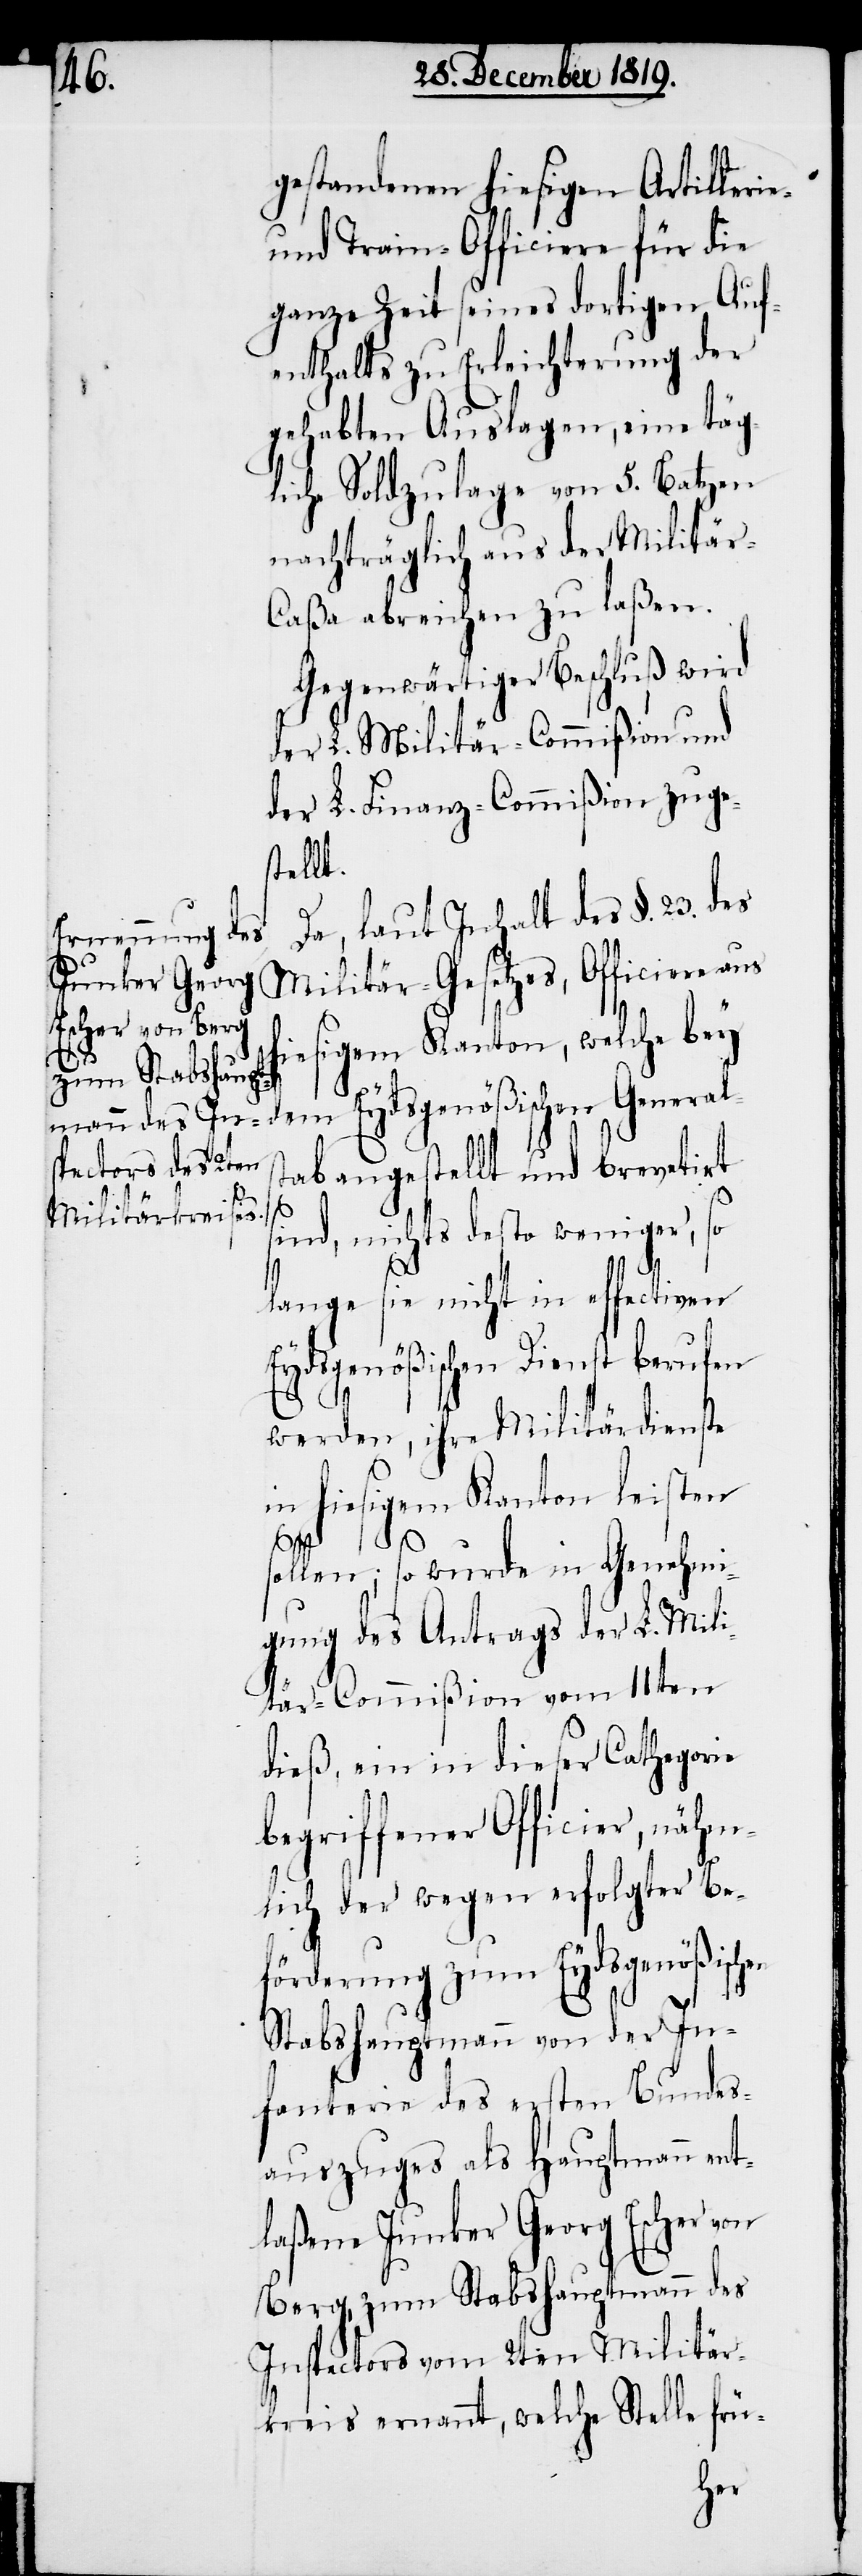
gestandenen hiesigen Artillerie-
und Train-Officiere für die
ganze Zeit seines dortigen Auf¬
enthalts zu Erleichterung der
gehabten Auslagen, eine täg¬
liche Soldzulage von 5. Batzen
nachträglich aus der Militär-C¬
aßa abreichen zu laßen.
Gegenwärtiger Beschluß wird
der L. Militär-Commißion und
der L Finanz-Commißion zuge¬
stellt.
Da, laut Inhalt des §. 23. des
Militär-Gesetzes, Officiere aus
hiesigem Kanton, welche bey
ab angestellt und brevetirt
sind, nichts desto weniger, so
lange sie nicht in effectiven
Eydsgenößischen Dienst berufen
werden, ihre Militärdienste
in hiesigem Kanton leisten
sollen; so wurde in Genehmi¬
gung des Antrags der L. Mili¬
tär-Commißion vom 11ten
dieß, ein in dieser Cathegorie
begriffener Officier, nähm¬
lich der wegen erfolgter Be¬
förderung zum Eydsgenößisc¬
Stabshauptmann von der In¬
fanterie des ersten Bundes¬
auszuges als Hauptmann ent¬
laßene Junker Georg Escher von
Berg, zum Stabshauptmann des
Inspectors vom 2ten Militär¬
kreis ernannt, welche Stelle frü-
hen